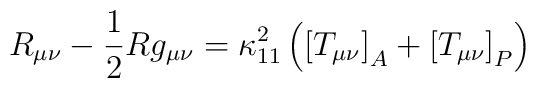
R_{\mu\nu}-\frac{1}{2}Rg_{\mu\nu}=\kappa_{11}^2\left(\left[T_{\mu\nu}\right]_A+\left[T_{\mu\nu}\right]_P\right)